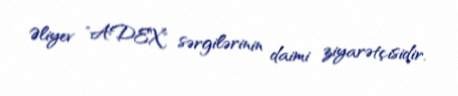
Əliyev "ADEX" sərgilərinin daimi ziyarətçisidir.